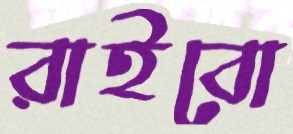
রাইবো